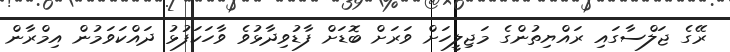
ރޭގެ ޖަލްސާގައި ރައްޔިތުންގެ މަޖިލީހަށް ވަރަށް ބޮޑަށް ފާޑުވިދާޅުވެ ވާހަކަފުޅު ދައްކަވަމުން އިމްރާން